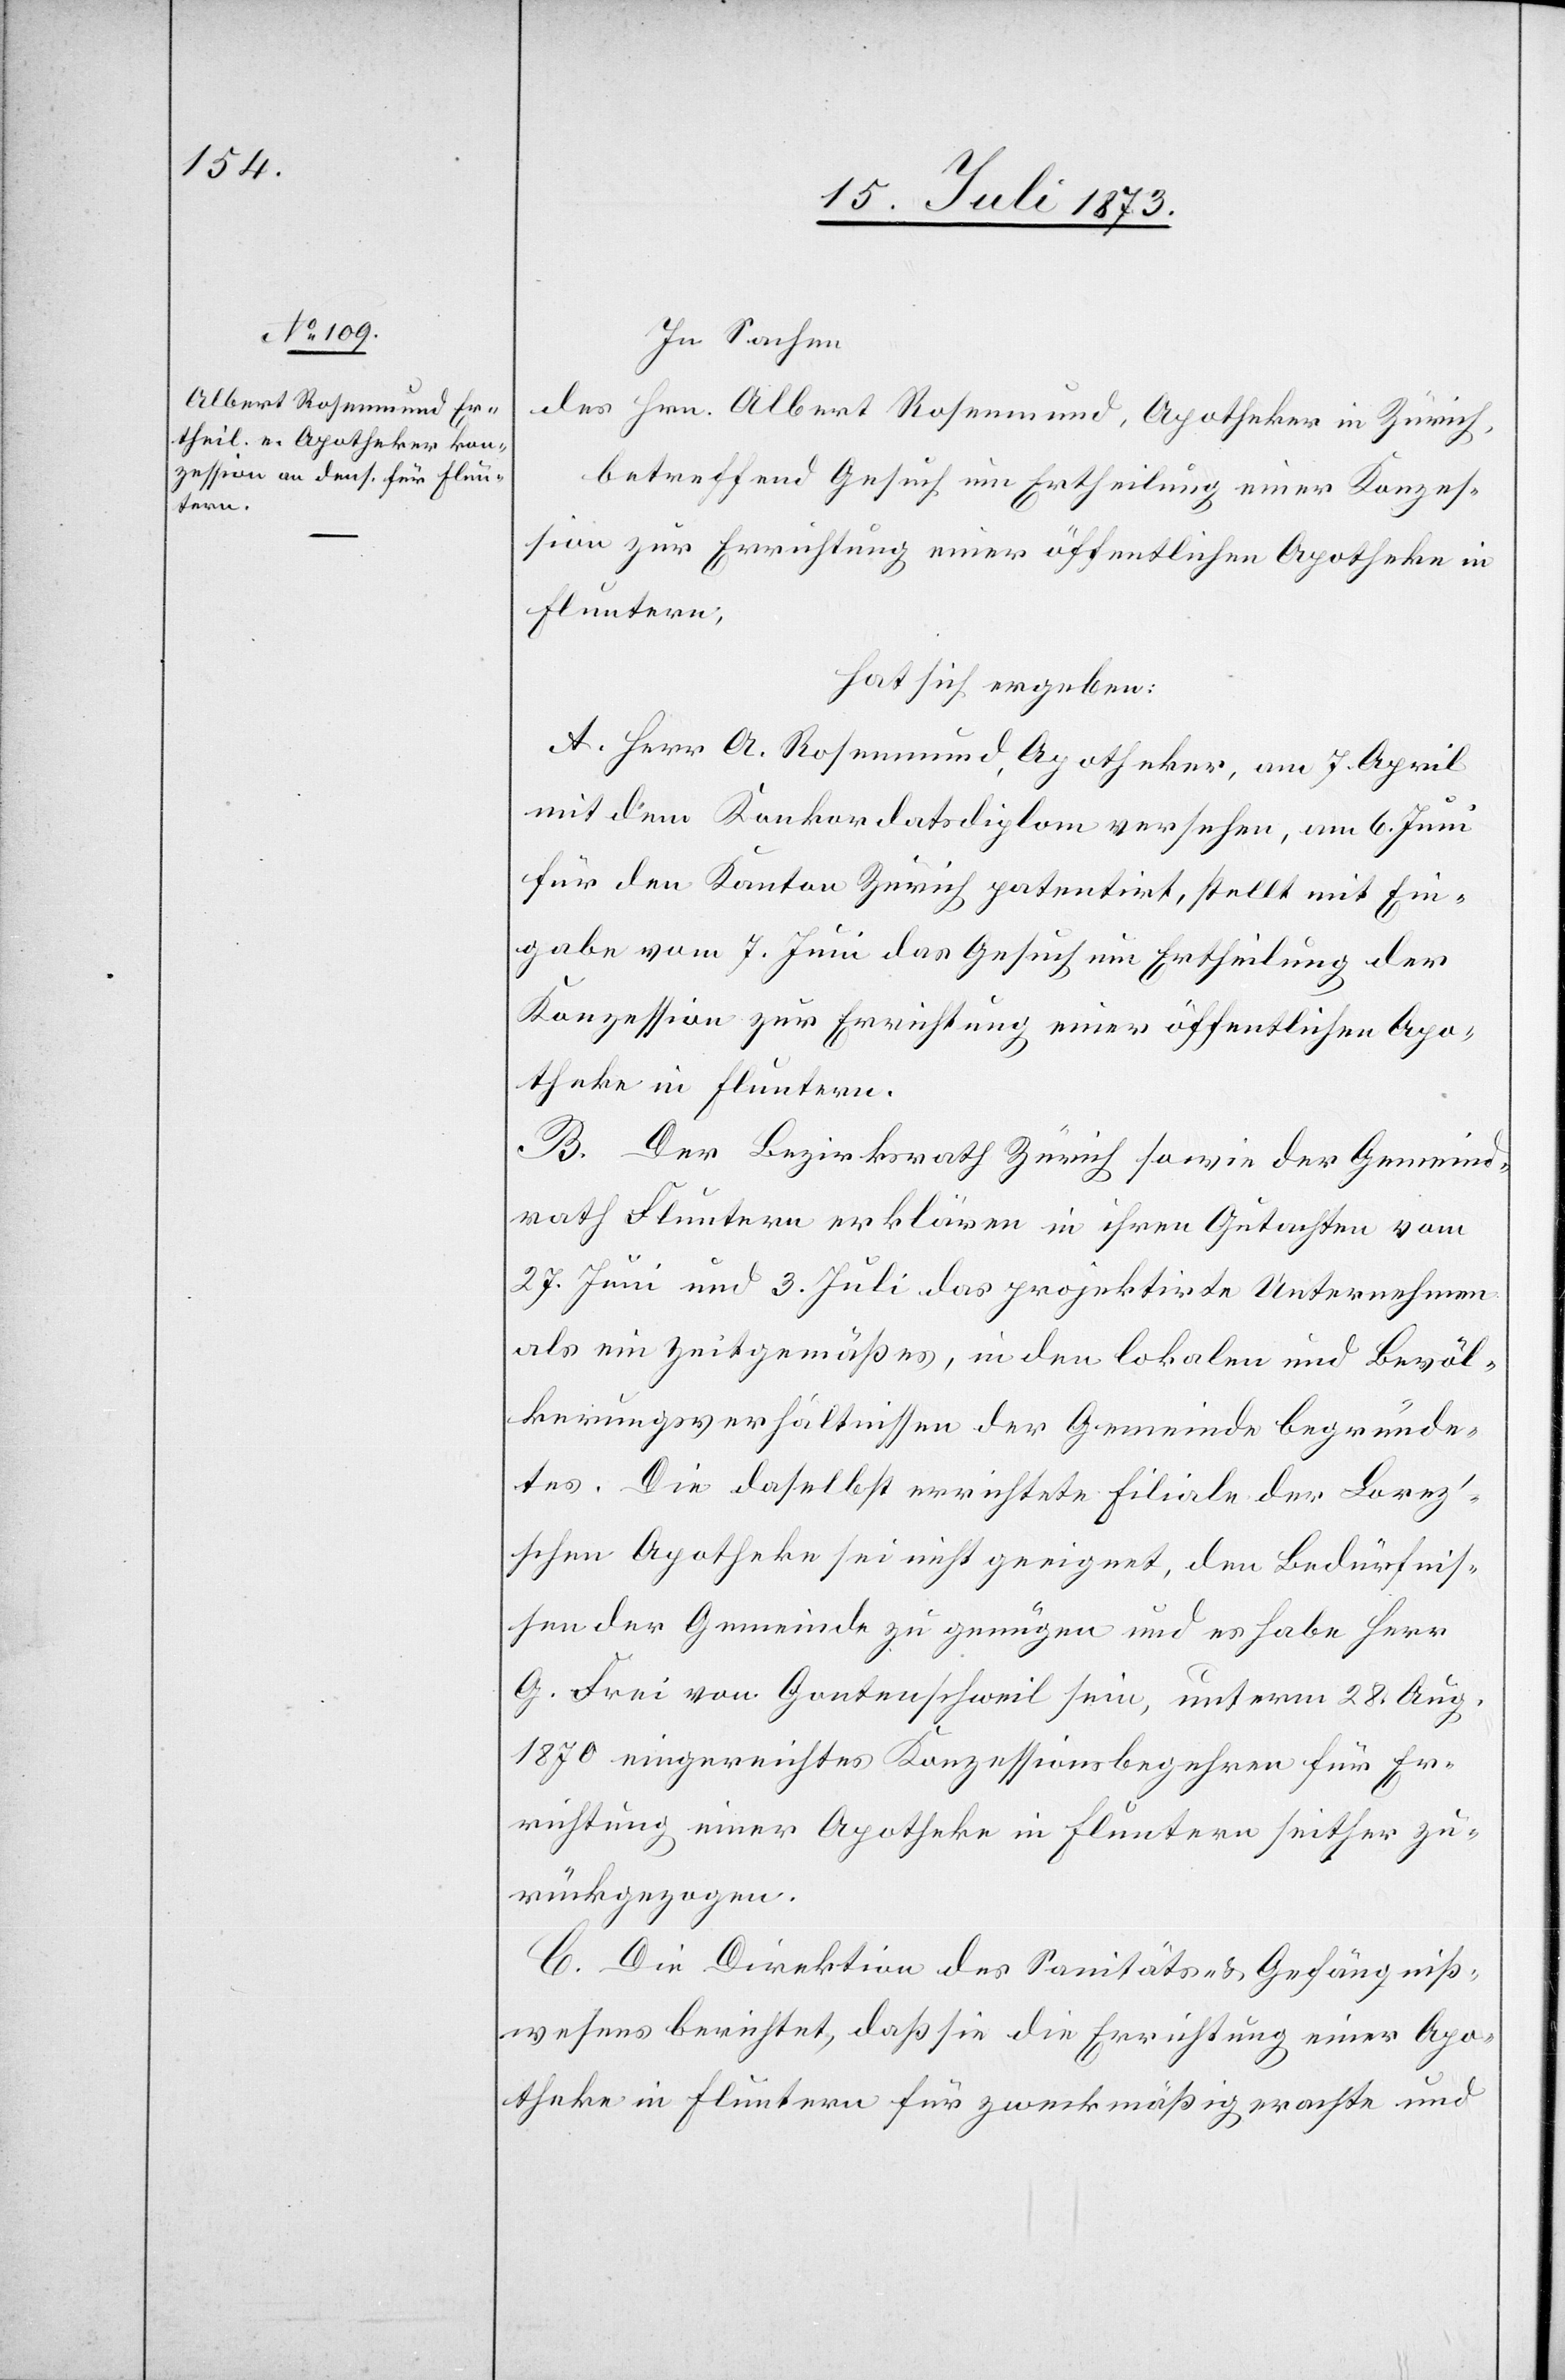
In Sachen
des Hrn. Albert Rosenmund, Apotheker in Zürich,
betreffend Gesuch um Ertheilung einer Konzes¬
sion zur Errichtung einer öffentlichen Apotheke in
Fluntern,
hat sich ergeben:
A. Herr A. Rosenmund, Apotheker, am 7. April
mit dem Konkordatsdiplom versehen, am 6. Juni
für den Kanton Zürich patentirt, stellt mit Ein¬
gabe vom 7. Juni das Gesuch um Ertheilung der
Konzession zur Errichtung einer öffentlichen Apo¬
theke in Fluntern.
B. Der Bezirksrath Zürich sowie der Gemeind¬
rath Fluntern erklären in ihren Gutachten vom
27. Juni und 3. Juli das projektirte Unternehmen
als ein zeitgemäßes, in den lokalen und Bevöl¬
kerungsverhältnissen der Gemeinde begründe¬
tes. Die daselbst errichtete Filiale der Loren¬
z’schen Apotheke sei nicht geeignet, den Bedürfnis¬
sen der Gemeinde zu genügen und es habe Herr
G. Frei von Gontenschweil sein, unterm 28. Aug.
1870 eingereichtes Konzessionsbegehren für Er¬
richtung einer Apotheke in Fluntern seither zu¬
rückgezogen.
C. Die Direktion des Sanitäts- & Gefängniß¬
wesens berichtet, daß sie die Errichtung einer Apo¬
theke in Fluntern für zweckmäßig erachte und